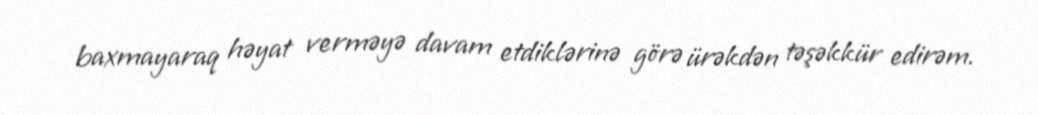
baxmayaraq həyat verməyə davam etdiklərinə görə ürəkdən təşəkkür edirəm.